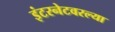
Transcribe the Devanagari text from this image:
इंटरनेटवरल्या